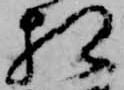
相